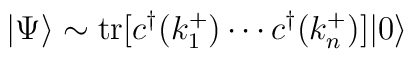
|\Psi\rangle \sim \mbox{tr}[c^{\dagger}(k^+_1) \cdots           c^{\dagger}(k_n^+)]|0\rangle